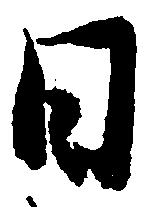
日